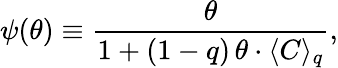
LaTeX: \psi(\theta)\equiv\frac{\theta}{1+(1-q)\, \theta\cdot\langle C\rangle_{q}},